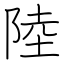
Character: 陸